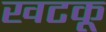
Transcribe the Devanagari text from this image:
खटकू